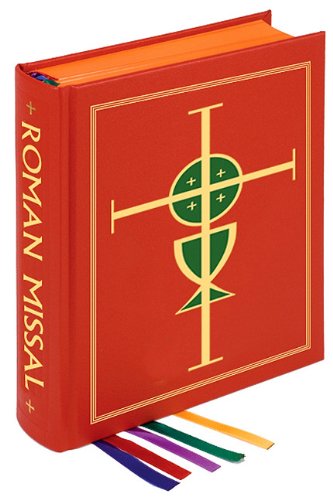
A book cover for The Roman Missal, 3rd Altar Edition; U. S. C. C. B.; Christian Books & Bibles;